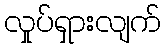
လှုပ်ရှားလျက်